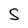
Character: S